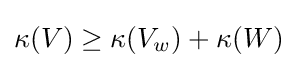
\kappa (V)\geq \kappa (V_{w})+\kappa (W)